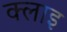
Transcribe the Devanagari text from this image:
क्लाइ